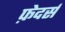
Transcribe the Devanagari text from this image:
फ़ेदर्स